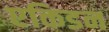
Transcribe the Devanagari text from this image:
एकिडन